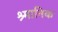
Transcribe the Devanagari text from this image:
श्र्मानिक